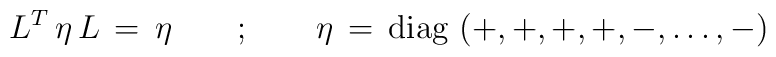
L^T \, \eta \, L \, = \, \eta \qquad ; \qquad \eta \, = \,\mbox{diag} \, \left ( +,+,+,+,-,\dots,- \right )